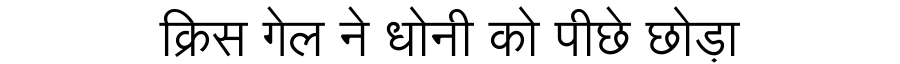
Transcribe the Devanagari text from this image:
क्रिस गेल ने धोनी को पीछे छोड़ा